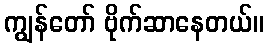
ကျွန်တော် ဗိုက်ဆာနေတယ်။